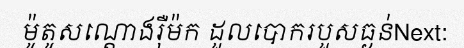
ម៉ូតូសណ្តោងរ៉ឺម៉ក ដួលបោករបួសធ្ងន់Next: